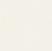
儀